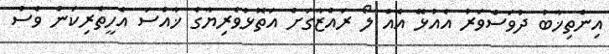
އިންތިޚާބު ދުވަސްވަރު އެއުޅޭ އެއް ލޯ ރައްޒާގަށް އަތޮޅުވެރިޔާގެ ޚާއްސަ އެހީތެރިކަން ވެސް